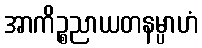
အာကိဉ္စညာယတနမ္ပာဟံ